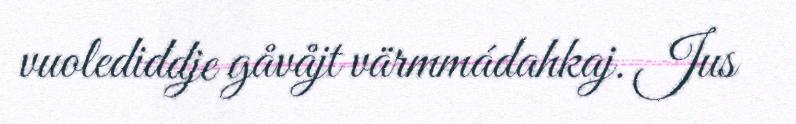
vuolediddje gåvåjt värmmádahkaj. Jus